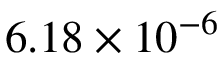
6 . 1 8 \times 1 0 ^ { - 6 }